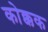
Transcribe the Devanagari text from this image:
कोक्कक